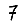
Digit: 7